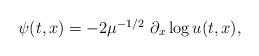
LaTeX: \begin{align*} \begin{array}{ll} \psi(t,x) = -2 \mu^{-1/2} ~ \partial_x \log u(t,x), \end{array} \end{align*}